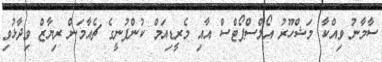
ސާމާނު ވިއްކާ މަޝްހޫރު އޯލްސްޕޯޓްސް އާއި މެރީޑިއަމް ކުންފުނީގެ ޗެއާމަން ރިޔާޒް ވިދާޅުވި